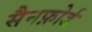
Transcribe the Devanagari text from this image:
सैनफ़ोर्ड